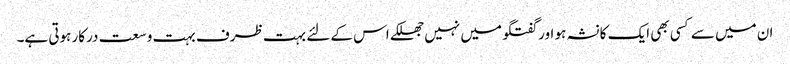
ان میں سے کسی بھی ایک کا نشہ ہو اور گفتگو میں نہیں جھلکے اس کے لئے بہت ظرف بہت وسعت درکار ہوتی ہے۔